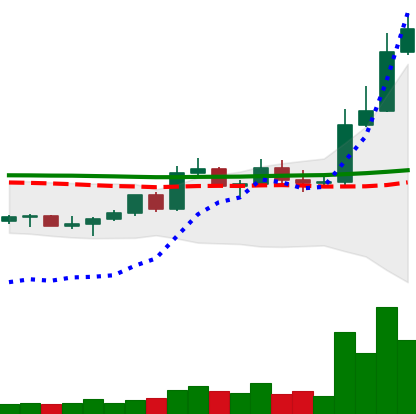
Ticker: LTC-USD
Chart end date: 2022-11-05
Forward return: -13.425%
Label: down_7plus